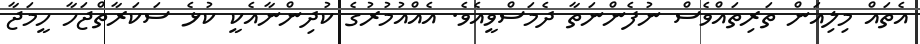
އެތައް މިލިއަން ތަރިތައްވެސް ނުފެންނަތާ ދެމަސްވީއެވެ. އެއްއުމުރުގެ ކުދިންނާއެކީ ކުޅެ ސަކަރާތްޖަހާ ހީމަޖާ